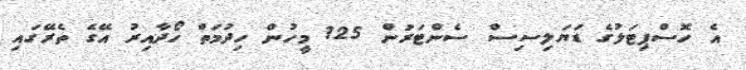
އެ ހޮސްޕިޓަލުގެ ޑަޔަލިސިސް ސެންޓަރުން 125 މީހުން ހިދުމަތް ހޯދާއިރު އޭގެ ތެރޭގައި